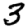
Digit: 3